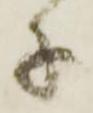
子